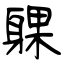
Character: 躶